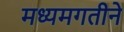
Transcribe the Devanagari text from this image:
मध्यमगतीने